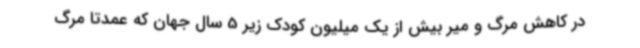
در کاهش مرگ و میر بیش از یک میلیون کودک زیر 5 سال جهان که عمدتا مرگ